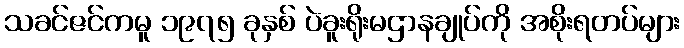
သခင်ဇင်ကမူ ၁၉၇၅ ခုနှစ် ပဲခူးရိုးမဌာနချုပ်ကို အစိုးရတပ်များ